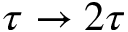
\tau \rightarrow 2 \tau